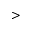
>